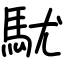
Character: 駀